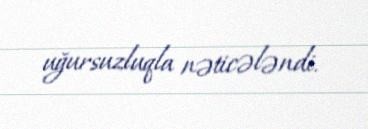
uğursuzluqla nəticələndi.